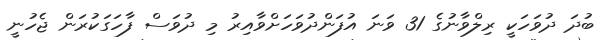
ބުދަ ދުވަހަކީ ރިލްވާނުގެ 31 ވަނަ އުފަންދުވަހަށްވާއިރު މި ދުވަސް ފާހަގަކުރަން ޖެހުނީ